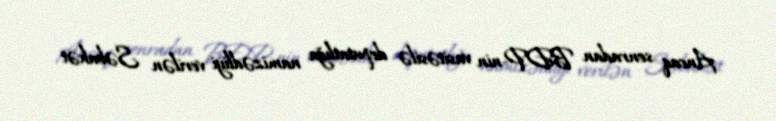
Ancaq sonradan BDP-nin vasitəsilə deputatlığa namizədliyi verilən Səbahət